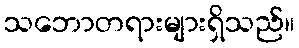
သဘောတရားများရှိသည်။